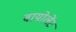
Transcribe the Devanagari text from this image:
वायोलेंट